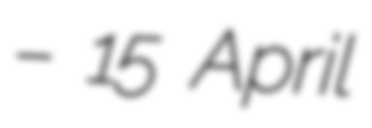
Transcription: – 15 April